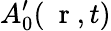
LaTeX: A_{0}^{\prime}(\mathrm{~\mathbf~r~},t)